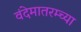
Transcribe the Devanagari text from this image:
वंदेमातरम्च्या